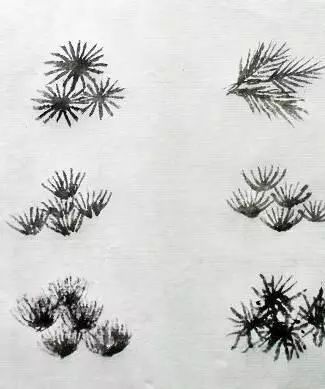
丝长鱼误恐，枝弱禽惊践。